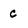
Character: c